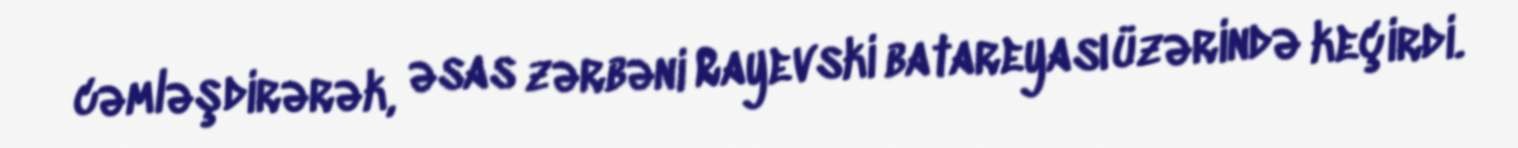
cəmləşdirərək, əsas zərbəni Rayevski batareyası üzərində keçirdi.